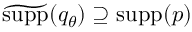
\widetilde { \mathrm { s u p p } } ( q _ { \theta } ) \supseteq \mathrm { s u p p } ( p )